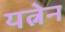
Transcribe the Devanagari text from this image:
यत्नेन